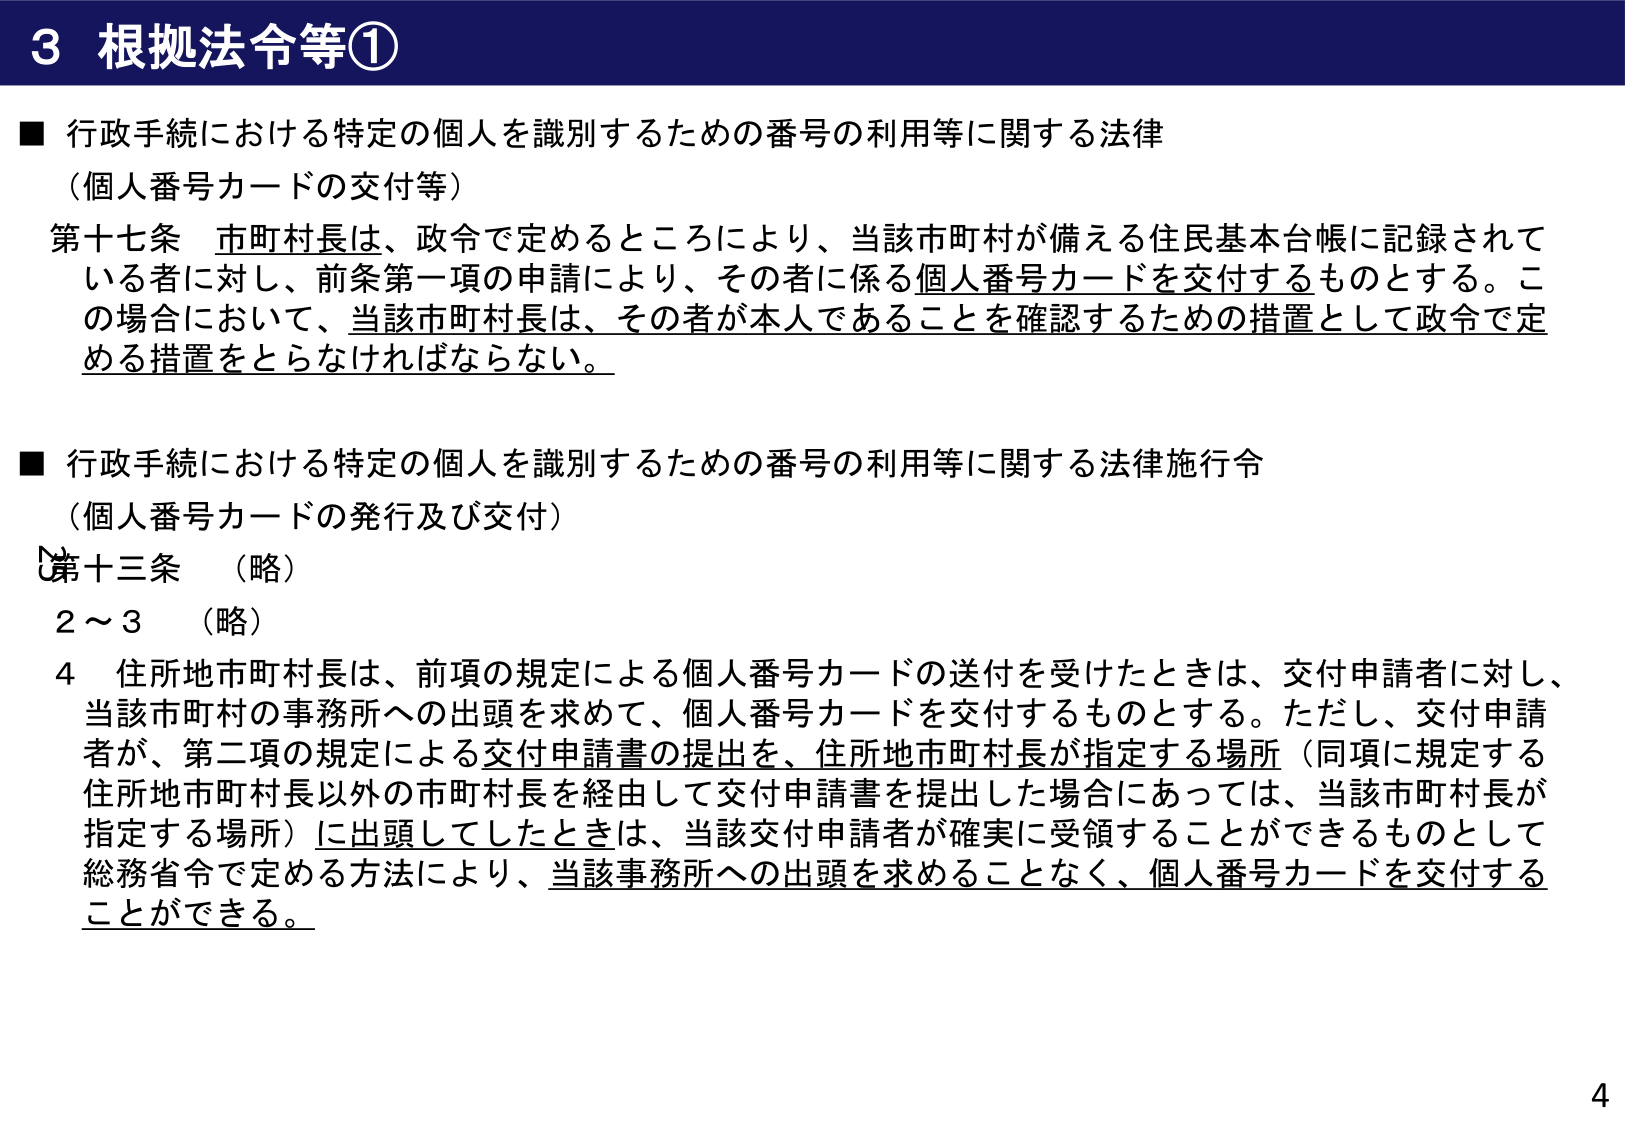
3 根拠法令等①

■ 行政手続における特定の個人を識別するための番号の利用等に関する法律
（個人番号カードの交付等）

第十七条 市町村長は、政令で定めるところにより、当該市町村が備える住民基本台帳に記録されている者に対し、前条第一項の申請により、その者に係る個人番号カードを交付するものとする。この場合において、当該市町村長は、その者が本人であることを確認するための措置として政令で定める措置をとらなければならない。

■ 行政手続における特定の個人を識別するための番号の利用等に関する法律施行令
（個人番号カードの発行及び交付）

第十三条 （略）
2～3 （略）
4 住所地市町村長は、前項の規定による個人番号カードの送付を受けたときは、交付申請者に対し、当該市町村の事務所への出頭を求めて、個人番号カードを交付するものとする。ただし、交付申請者が、第二項の規定による交付申請書の提出を、住所地市町村長が指定する場所（同項に規定する住所地市町村長以外の市町村長を経由して交付申請書を提出した場合にあっては、当該市町村長が指定する場所）に出頭してしたときは、当該交付申請者が確実に受領することができるものとして総務省令で定める方法により、当該事務所への出頭を求めることなく、個人番号カードを交付することができる。

4